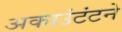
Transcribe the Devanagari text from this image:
अकाउंटंटने